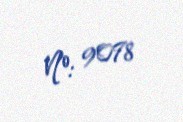
№: 9078